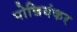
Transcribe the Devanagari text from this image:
पोन्नियंकर